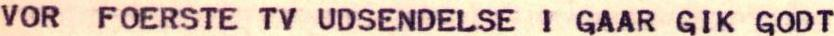
GENERALDIREKTOER REPO YLEISRADIO HLS